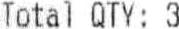
TOTAL QTY: 3